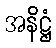
အနိဋ္ဌံ